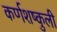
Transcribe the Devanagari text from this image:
कर्णशष्कुली